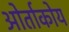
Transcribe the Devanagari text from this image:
ओर्ताकोय